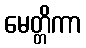
မေတ္တိကာ